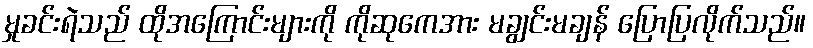
မှုခင်းရဲသည် ထိုအကြောင်းများကို ကိုဆုကေအား မချွင်းမချန် ပြောပြလိုက်သည်။